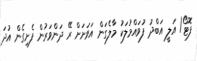
ފޮޓޯ/ އަލީ އަބްދު ފުވައްމުލަކު މާލެގަން އަވަށަށް ރޭ ދަންވަރުން ފެށިގެން އުދަ